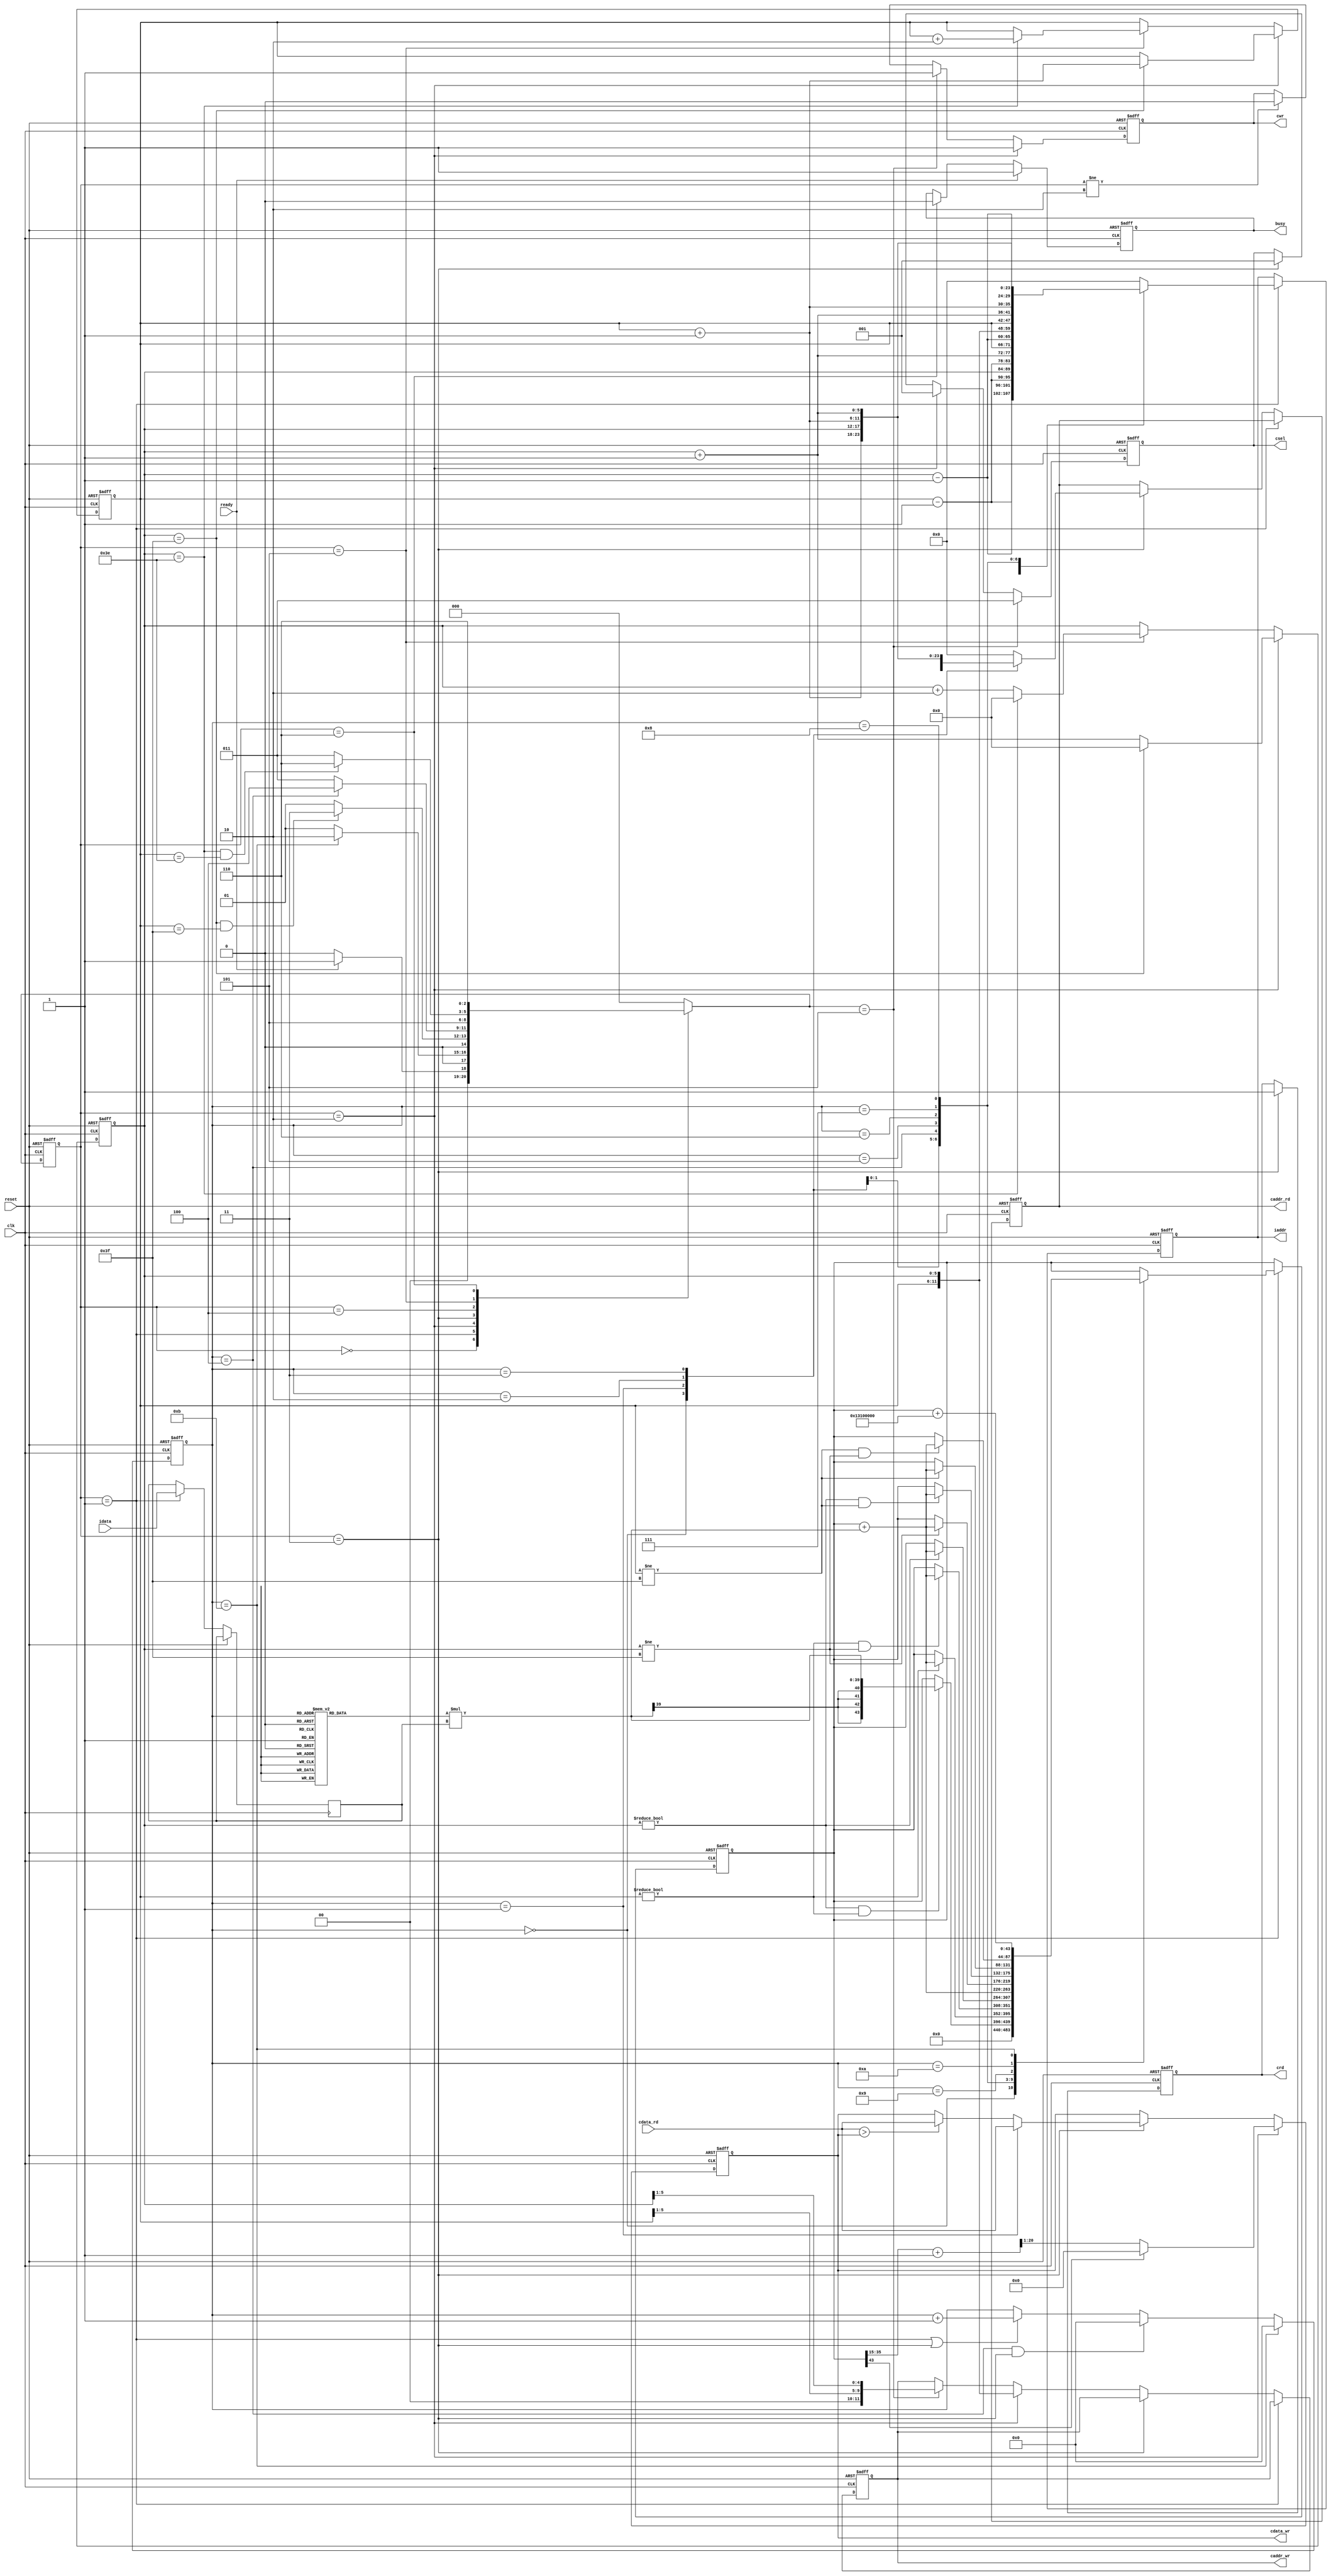
`timescale 1ns/10ps

module  CONV(clk,reset,busy,ready,iaddr,idata,cwr,caddr_wr,cdata_wr,crd,caddr_rd,cdata_rd,csel);
input clk;
input reset;
input ready;
output busy;
output [11:0] iaddr;
input signed [19:0] idata;
output crd;
input [19:0] cdata_rd;
output [11:0] caddr_rd;
output cwr;
output [19:0] cdata_wr;
output [11:0] caddr_wr;
output [2:0] csel;
	
//reg or wire 
reg busy;
reg [11:0] iaddr;
reg crd;
reg [11:0] caddr_rd;
reg cwr;
reg signed [19:0] cdata_wr;
reg [11:0] caddr_wr;
reg [2:0] csel;

reg [2:0] current_State;
reg [2:0] next_State;

reg [3:0] counterRead;
reg [5:0] index_X,index_Y;
wire [5:0] index_X_After,index_X_Before,index_Y_After,index_Y_Before;

reg signed [43:0] convTemp; // 2^20 * 2^20 * 2^4 = 2^44  By the way 2^4 = 9 pixel
wire signed [20:0] roundTemp;
//get the 4 bits int and 17 bits float then add 1 rounding the 17bit
assign roundTemp = convTemp[35:15] + 21'd1; 
reg signed [19:0] kernelTemp;



//parameter
parameter IDLE = 3'd0;
parameter READ_CONV = 3'd1;
parameter WRITE_L0 = 3'd2;
parameter READ_L0 = 3'd3;
parameter MAX_POOLING = 3'd4;
parameter WRITE_L1 = 3'd5;
parameter FINISH = 3'd6;

//kernel

parameter K0 = 20'h0A89E ;
parameter K1 = 20'h092D5 ;
parameter K2 = 20'h06D43 ;
parameter K3 = 20'h01004 ;
parameter K4 = 20'hF8F71 ;
parameter K5 = 20'hF6E54 ;
parameter K6 = 20'hFA6D7 ;
parameter K7 = 20'hFC834 ;
parameter K8 = 20'hFAC19 ;
parameter Bias = {8'd0,20'h01310,16'd0} ;

always@(*)
begin
    case(counterRead)
    4'd2: kernelTemp = K0;
    4'd3: kernelTemp = K1;
    4'd4: kernelTemp = K2;
    4'd5: kernelTemp = K3;
    4'd6: kernelTemp = K4;
    4'd7: kernelTemp = K5;
    4'd8: kernelTemp = K6;
    4'd9: kernelTemp = K7;
    4'd10: kernelTemp = K8;
    default: kernelTemp = 20'd0;
    endcase
end

//index x y
assign index_X_Before = index_X - 6'd1;
assign index_X_After = index_X + 6'd1;
assign index_Y_Before = index_Y - 6'd1;
assign index_Y_After = index_Y + 6'd1;

//x y
always@(posedge clk or posedge reset)
begin
    if(reset) index_X <= 6'd0;
    else if(current_State == WRITE_L0) 
    begin
        if(index_X == 6'd63) index_X <= 6'd0;
        else index_X <= index_X + 6'd1;
    end
    else if(current_State == WRITE_L1)
    begin
        if(index_X == 6'd62) index_X <= 6'd0;
        else index_X <= index_X + 6'd2;
    end
end

always@(posedge clk or posedge reset)
begin
    if(reset) index_Y <= 6'd0;
    else if(current_State == WRITE_L0)
    begin
        if(index_X == 6'd63) index_Y <= index_Y + 6'd1;
    end
    else if(current_State == WRITE_L1)
    begin
        if(index_X == 6'd62) index_Y <= index_Y + 6'd2;
    end
end

//state switch
always@(posedge clk or posedge reset)
begin
    if(reset) current_State <= IDLE;
    else current_State <= next_State;
end

//next state logic
always@(*)
begin
    case (current_State)
        IDLE:
            begin
                if(ready == 1'd1) next_State = READ_CONV;
                else next_State = IDLE;
            end
        READ_CONV:
            begin
                if(counterRead == 4'd11) next_State = WRITE_L0;
                else next_State = READ_CONV;
            end
        WRITE_L0:
            begin
                if(index_X == 6'd63 && index_Y == 6'd63) next_State = READ_L0;
                else next_State = READ_CONV;
            end
        READ_L0:
            begin
                if(counterRead == 4'd4) next_State = MAX_POOLING;
                else next_State = READ_L0;
            end
        MAX_POOLING: // to delay 1 clk and get max pooling result
            begin
                next_State = WRITE_L1;
            end
        WRITE_L1:
            begin
                if(index_X == 6'd62 && index_Y == 6'd62) next_State = FINISH;
                else next_State = READ_L0;
            end
        FINISH: 
            begin
                next_State = FINISH;
            end
        default:
            begin
                next_State = IDLE;
            end 
    endcase    
end

//counter
always@(posedge clk or posedge reset)
begin
    if(reset) counterRead <= 4'd0;
    else if(counterRead == 4'd11) counterRead <= 4'd0;
    else if(counterRead == 4'd4 && current_State == READ_L0) counterRead <= 4'd0;
    else if(current_State == READ_CONV || current_State == READ_L0) counterRead <= counterRead + 4'd1;
end

//busy
always@(posedge clk or posedge reset)
begin
    if(reset) busy <= 1'd0;
    else if(ready == 1'd1) busy <= 1'd1;
    else if(current_State == FINISH )busy <= 1'd0;
end

//cwr crd csel
always@(posedge clk or posedge reset)
begin
    if(reset) cwr <= 1'd0;
    else if(current_State == WRITE_L0) cwr <= 1'd1;
    else if(next_State == WRITE_L1) cwr <= 1'd1;
    else if(current_State != WRITE_L0) cwr <= 1'd0;
end

always@(posedge clk or posedge reset)
begin
    if(reset) crd <= 1'd0;
    else if(current_State == READ_L0) crd <= 1'd1;
end

always@(posedge clk or posedge reset)
begin
    if(reset) csel <=3'd0;
    else if(next_State == WRITE_L1) csel <= 3'd3;
    else if(current_State == WRITE_L0) csel <= 3'd1;
    else if(current_State == READ_L0) csel <= 3'd1; 
end

//addr
always@(posedge clk or posedge reset)
begin
    if(reset) 
    begin
         iaddr <= 6'd0; 
         caddr_rd <= 6'd0; 
         caddr_wr <= 6'd0;
    end
    else if(current_State == READ_CONV)
    begin
        case(counterRead)
        4'd0: iaddr <= {index_Y_Before,index_X_Before};
        4'd1: iaddr <= {index_Y_Before,index_X};
        4'd2: iaddr <= {index_Y_Before,index_X_After};
        4'd3: iaddr <= {index_Y,index_X_Before};
        4'd4: iaddr <= {index_Y,index_X};
        4'd5: iaddr <= {index_Y,index_X_After};
        4'd6: iaddr <= {index_Y_After,index_X_Before};
        4'd7: iaddr <= {index_Y_After,index_X};
        4'd8: iaddr <= {index_Y_After,index_X_After};
        default: iaddr <= 6'd0;
        endcase
    end
    else if(current_State == READ_L0)
    begin
        case(counterRead)
        4'd0: caddr_rd <= {index_Y,index_X};
        4'd1: caddr_rd <= {index_Y,index_X_After};
        4'd2: caddr_rd <= {index_Y_After,index_X};
        4'd3: caddr_rd <= {index_Y_After,index_X_After};
        default: caddr_rd <= 6'd0;
        endcase
    end
    else if(current_State == WRITE_L0) caddr_wr <= {index_Y,index_X};
    else if(next_State == WRITE_L1) caddr_wr <= {index_Y[5:1],index_X[5:1]} ;
end

//cdata_wr
always@(posedge clk or posedge reset)
begin
    if(reset) cdata_wr <= 20'd0;
    else if(current_State == WRITE_L0)
    begin
        if(convTemp[43]) cdata_wr <= 20'd0;
        else cdata_wr <= roundTemp[20:1];
    end
    else if(current_State == READ_L0)
    begin
        if(counterRead == 4'd1) cdata_wr <= cdata_rd;
        else 
        begin
            if(cdata_rd > cdata_wr) cdata_wr <= cdata_rd;
            else cdata_wr <= cdata_wr;
        end
    end
end
reg signed[19:0] idataTemp;
wire signed [43:0] mulTemp;
assign mulTemp = kernelTemp * idataTemp;
//conv && bias
always@(posedge clk or posedge reset)
begin
    if(reset) convTemp <= 44'd0; 
    else if(current_State == READ_CONV)
    begin
        idataTemp <= idata;
        case(counterRead)
        
        4'd0:   convTemp <= 44'd0;
        4'd2:   if(index_X != 6'd0 && index_Y != 6'd0)  convTemp <= mulTemp;
        4'd3:   if(index_Y != 6'd0) convTemp <= convTemp + mulTemp;
        4'd4:   if(index_Y != 6'd0 && index_X != 6'd63) convTemp <= convTemp + mulTemp;
        4'd5:   if(index_X != 6'd0) convTemp <= convTemp + mulTemp;
        4'd6:   convTemp <= convTemp + mulTemp;
        4'd7:   if(index_X != 6'd63) convTemp <= convTemp + mulTemp;
        4'd8:   if(index_X != 6'd0 && index_Y != 6'd63) convTemp <= convTemp + mulTemp;
        4'd9:   if(index_Y != 6'd63) convTemp <= convTemp + mulTemp;
        4'd10:   if(index_Y != 6'd63 && index_X != 6'd63) convTemp <= convTemp + mulTemp;
        4'd11:  convTemp <= convTemp + Bias;

        endcase
    end
end

        


endmodule